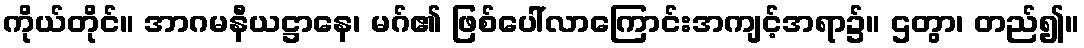
ကိုယ်တိုင်။ အာဂမနီယဋ္ဌာနေ၊ မဂ်၏ ဖြစ်ပေါ်လာကြောင်းအကျင့်အရာ၌။ ဌတွာ၊ တည်၍။